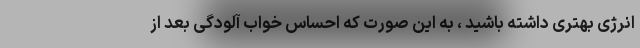
انرژی بهتری داشته باشید ، به این صورت که احساس خواب آلودگی بعد از